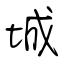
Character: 城